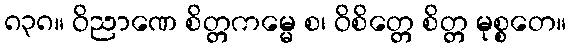
၈၃၈။ ဝိညာဏေ စိတ္တကမ္မေ စ၊ ဝိစိတ္တေ စိတ္တ မုစ္စတေ။